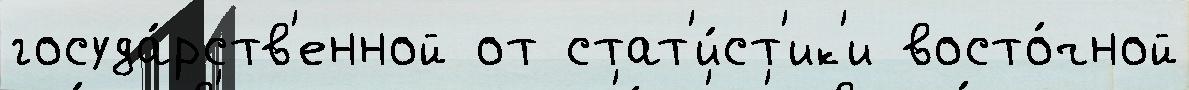
госуда́рств'енной от стат'и́ст'ик'и восто́чной